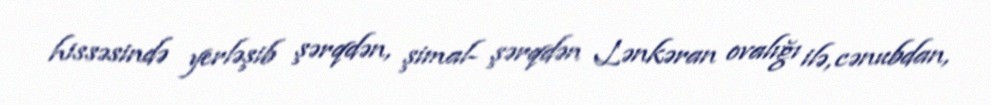
hissəsində yerləşib şərqdən, şimal- şərqdən Lənkəran ovalığı ilə, cənubdan,